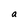
Character: a